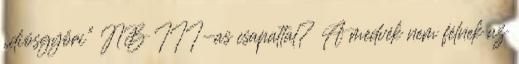
„diósgyőri” NB III-as csapattal? A medvék nem félnek az